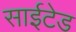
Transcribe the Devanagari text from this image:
साईटेड